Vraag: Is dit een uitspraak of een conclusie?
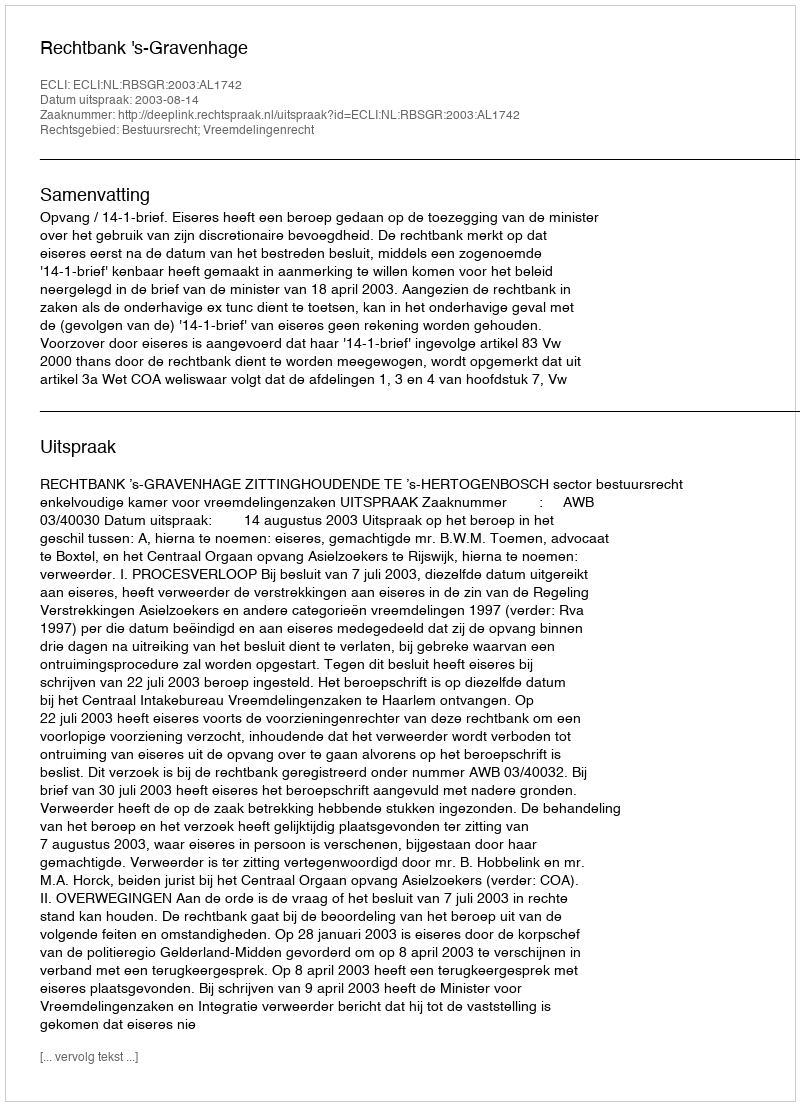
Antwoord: Uitspraak